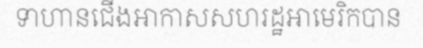
ទាហានជើងអាកាសសហរដ្ឋអាមេរិកបាន